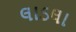
લાડલા